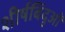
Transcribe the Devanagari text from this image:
शीर्षबिंदुओं